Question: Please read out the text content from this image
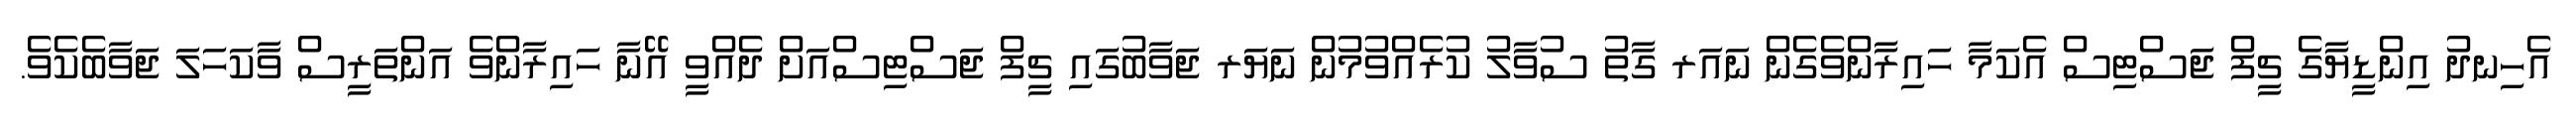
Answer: އެހިނދު އިންޑީޔާގެ ޗީފް ޖަސްޓިސް އެކަމާ ހައިރާންވެގެން ނައަރ ގާތު ސުވާލު ކުރެއްވުމުން ނަޔަރ ޖަވާބުގައި ޗީފް ޖަސްޓިސްއަށް ދެއްވީ އޭނާ ހައިރާންވެ އަންތަރީސް ވާކަހަލަ ޖަވާބެކެވެ.